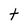
Character: t